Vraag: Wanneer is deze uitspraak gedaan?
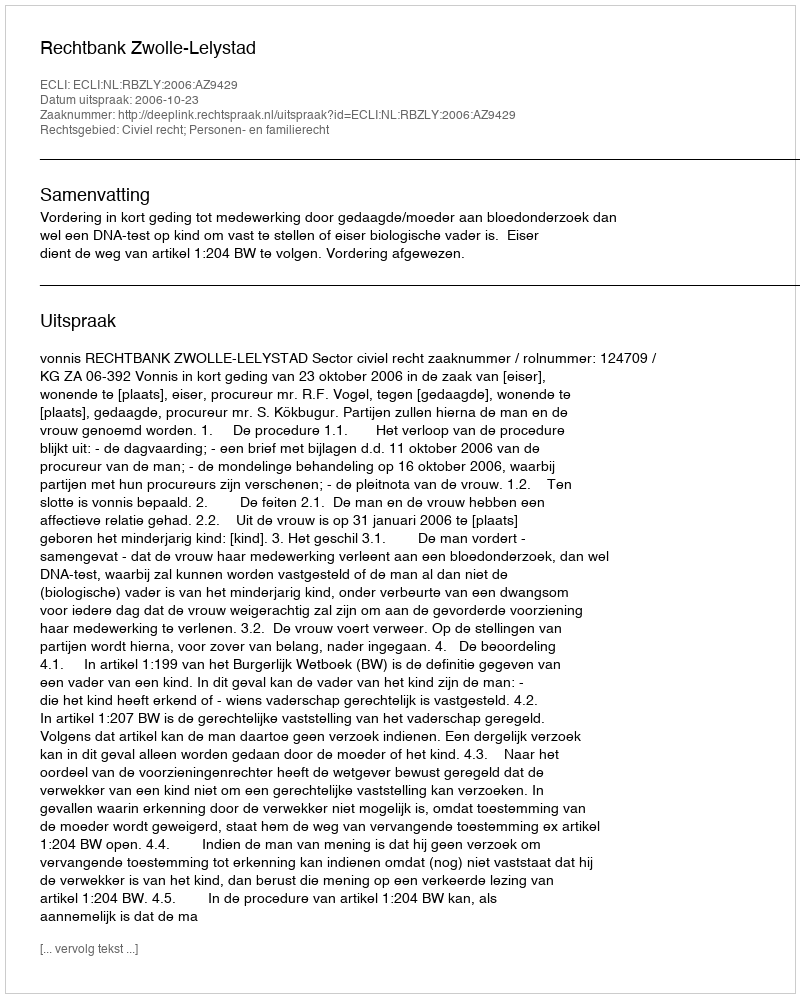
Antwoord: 2006-10-23